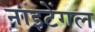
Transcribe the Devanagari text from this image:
नाइटेंगल